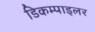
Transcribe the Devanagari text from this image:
डिकम्पाइलर